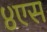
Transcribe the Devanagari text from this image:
४एस